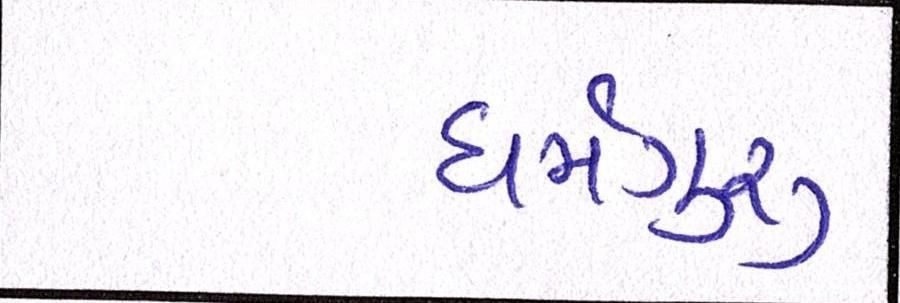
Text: ધર્મગુરૂ